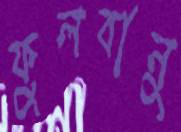
ফুলবানু